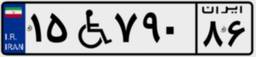
۱۵W۷۹۰۸۶